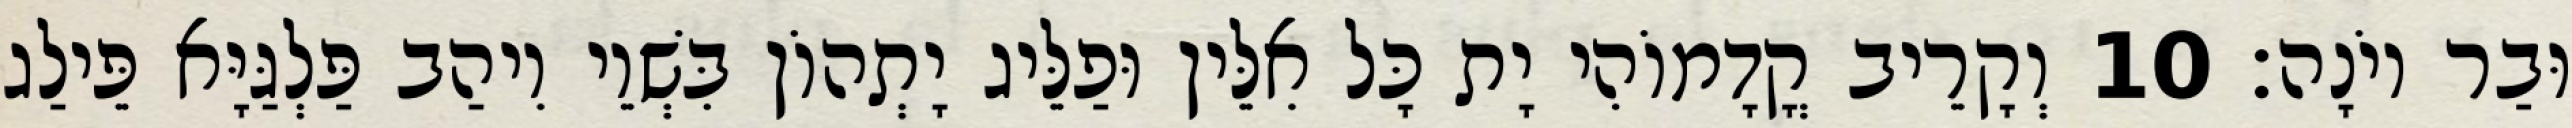
וּבַר יוֹנָה׃ 10 וְקָרֵיב קֳדָמוֹהִי יָת כָּל אִלֵּין וּפַלֵּיג יָתְהוֹן בִּשְׁוֵי וִיהַב פַּלְגַּיָּא פֵּילַג